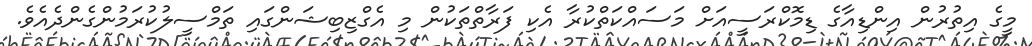
މީގެ އިތުރުން އިންޑިއާގެ ޑިމޮކްރަސީއަށް މަސައްކަތްކުރާ އެކި ފަރާތްތަކުން މި އެގްޒިބިޝަންގައި ތަމްސީލުކުރަމުންގެންދެއެވެ.